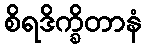
စိရဒိက္ခိတာနံ